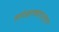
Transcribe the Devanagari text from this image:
सापेक्षतावादानुसार